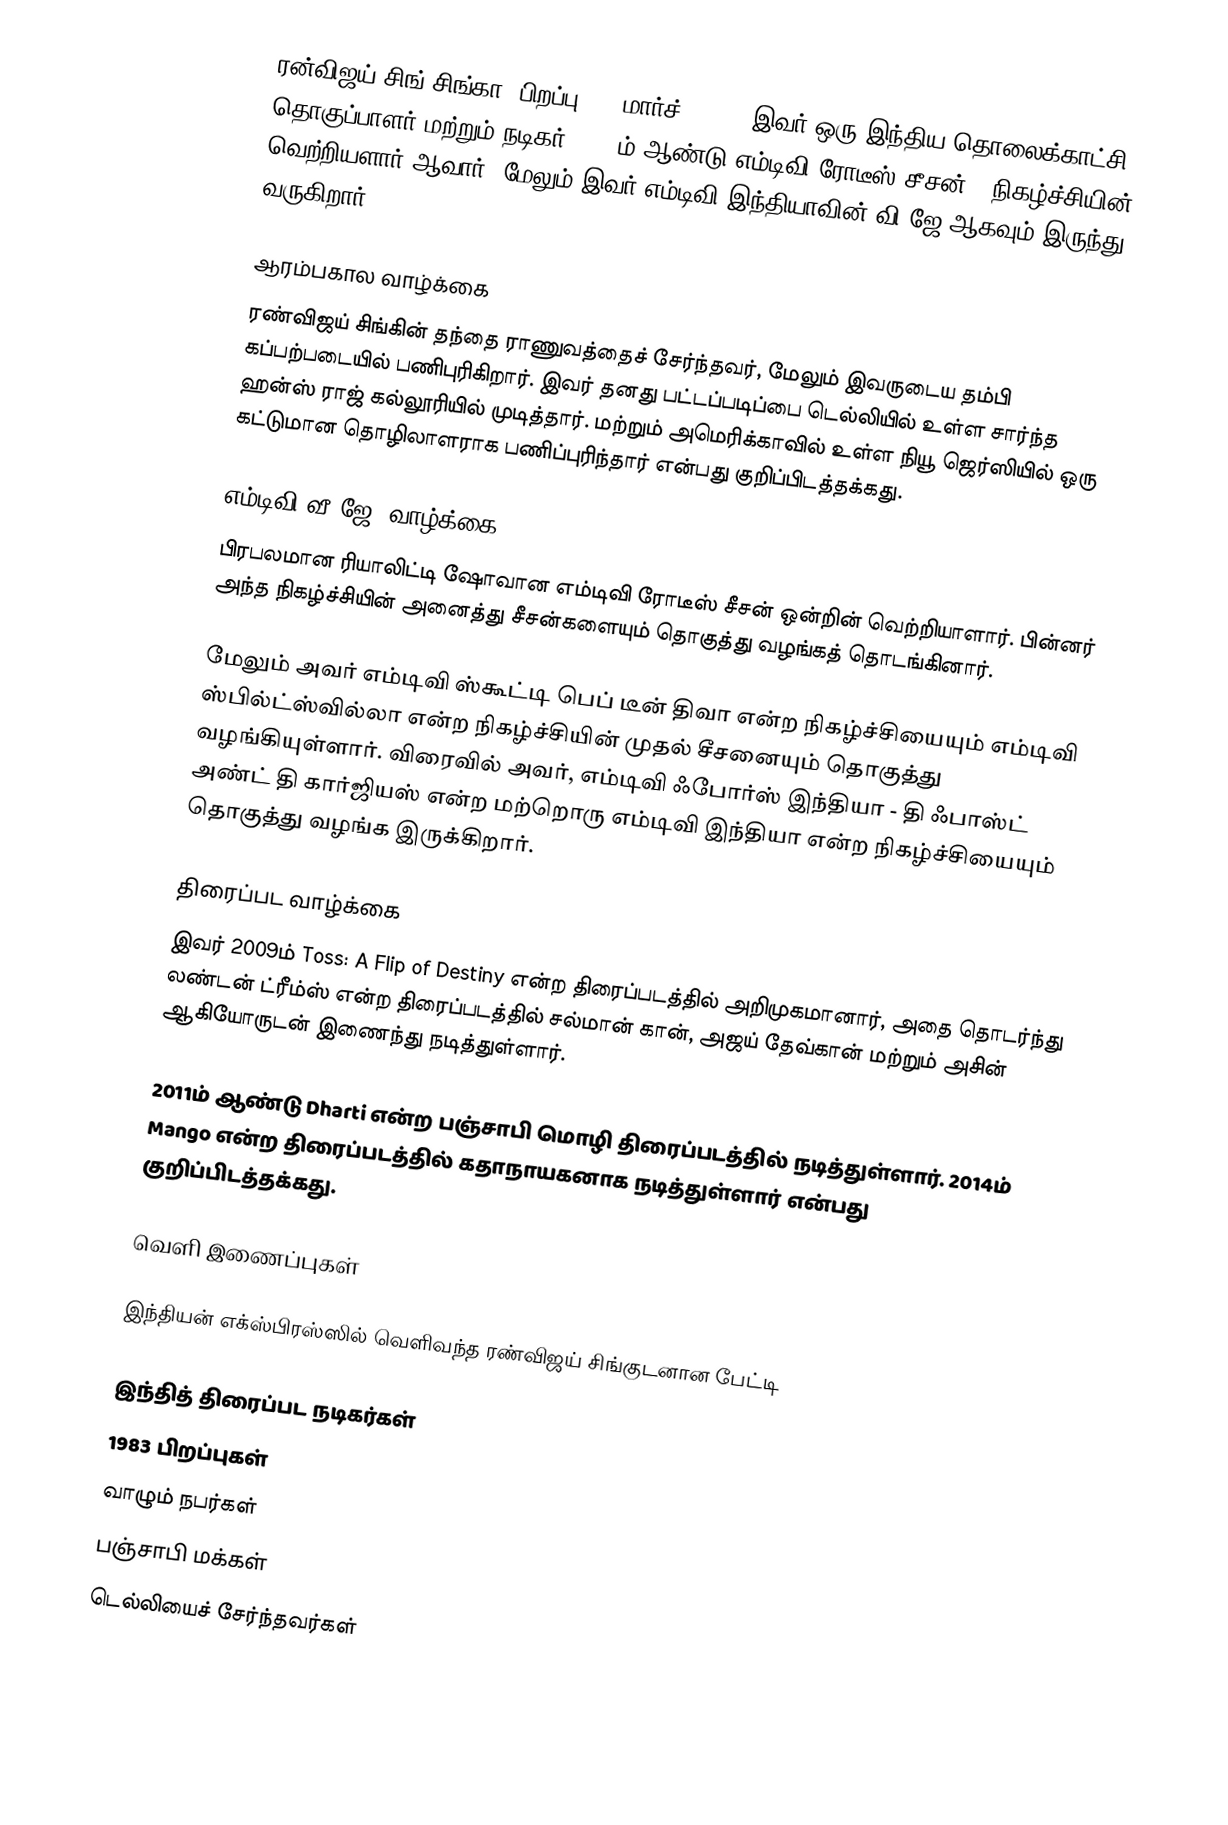
ரன்விஜய் சிங் சிங்கா (பிறப்பு: 16 மார்ச், 1983) இவர் ஒரு இந்திய தொலைக்காட்சி தொகுப்பாளர் மற்றும் நடிகர். 2003ம் ஆண்டு எம்டிவி ரோடீஸ் சீசன்-1 நிகழ்ச்சியின் வெற்றியளார் ஆவார். மேலும் இவர் எம்டிவி இந்தியாவின் வி.ஜே ஆகவும் இருந்து வருகிறார்.

ஆரம்பகால வாழ்க்கை
ரண்விஜய் சிங்கின் தந்தை ராணுவத்தைச் சேர்ந்தவர், மேலும் இவருடைய தம்பி கப்பற்படையில் பணிபுரிகிறார். இவர் தனது பட்டப்படிப்பை டெல்லியில் உள்ள  சார்ந்த ஹன்ஸ் ராஜ் கல்லூரியில் முடித்தார். மற்றும் அமெரிக்காவில் உள்ள நியூ ஜெர்ஸியில் ஒரு கட்டுமான தொழிலாளராக பணிப்புரிந்தார் என்பது குறிப்பிடத்தக்கது.

எம்டிவி வீ.ஜே. வாழ்க்கை
பிரபலமான ரியாலிட்டி ஷோவான எம்டிவி ரோடீஸ் சீசன் ஒன்றின் வெற்றியாளார். பின்னர் அந்த நிகழ்ச்சியின் அனைத்து சீசன்களையும் தொகுத்து வழங்கத் தொடங்கினார்.

மேலும் அவர் எம்டிவி ஸ்கூட்டி பெப் டீன் திவா என்ற நிகழ்ச்சியையும் எம்டிவி ஸ்பில்ட்ஸ்வில்லா என்ற நிகழ்ச்சியின் முதல் சீசனையும் தொகுத்து வழங்கியுள்ளார். விரைவில் அவர், எம்டிவி ஃபோர்ஸ் இந்தியா - தி ஃபாஸ்ட் அண்ட் தி கார்ஜியஸ் என்ற மற்றொரு எம்டிவி இந்தியா என்ற நிகழ்ச்சியையும் தொகுத்து வழங்க இருக்கிறார்.

திரைப்பட வாழ்க்கை
இவர் 2009ம் Toss: A Flip of Destiny என்ற திரைப்படத்தில் அறிமுகமானார், அதை தொடர்ந்து லண்டன் ட்ரீம்ஸ் என்ற திரைப்படத்தில் சல்மான் கான், அஜய் தேவ்கான் மற்றும் அசின் ஆகியோருடன் இணைந்து நடித்துள்ளார்.

2011ம் ஆண்டு Dharti என்ற பஞ்சாபி மொழி திரைப்படத்தில் நடித்துள்ளார். 2014ம் Mango என்ற திரைப்படத்தில் கதாநாயகனாக நடித்துள்ளார் என்பது குறிப்பிடத்தக்கது.

வெளி  இணைப்புகள்

 இந்தியன் எக்ஸ்பிரஸ்ஸில் வெளிவந்த ரண்விஜய் சிங்குடனான பேட்டி

இந்தித் திரைப்பட நடிகர்கள்
1983 பிறப்புகள்
வாழும் நபர்கள்
பஞ்சாபி மக்கள்
டெல்லியைச் சேர்ந்தவர்கள்